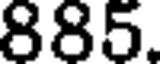
885.